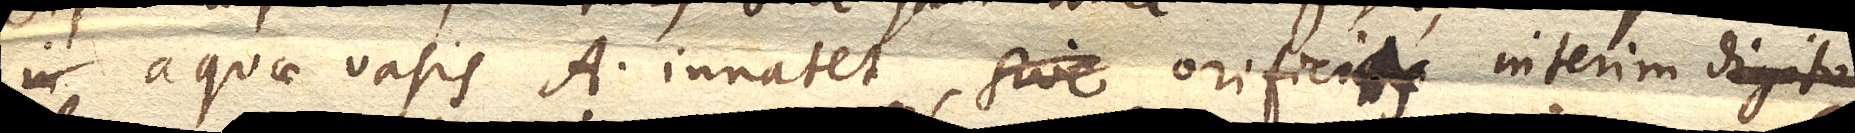
aquae vasis A. innatet, sive orificia orificiis interim digito